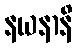
နယနာနိ